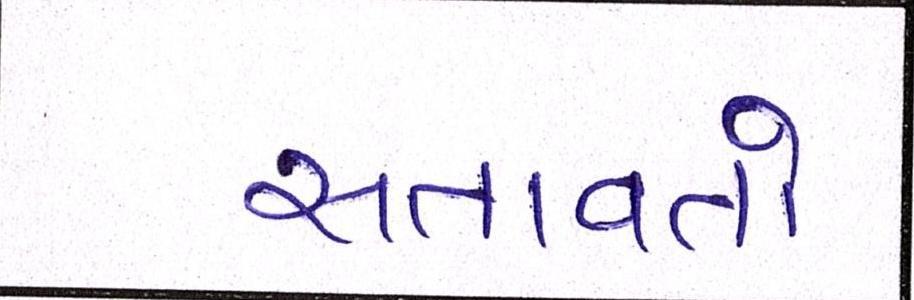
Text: સતાવતો